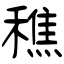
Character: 穛